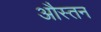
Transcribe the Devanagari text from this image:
औस्तन